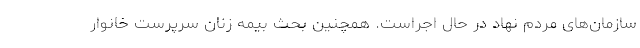
سازمان‌های مردم نهاد در حال اجراست. همچنین بحث بیمه زنان سرپرست خانوار